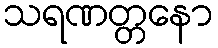
သရဏတ္တနော